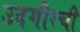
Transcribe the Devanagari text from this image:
उदगीरची